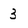
Character: 3